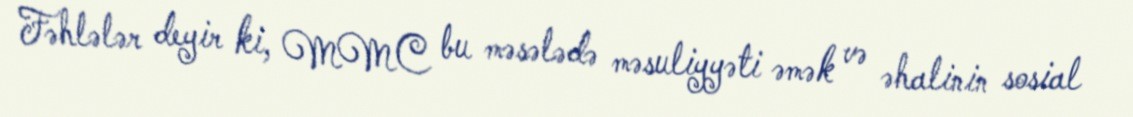
Fəhlələr deyir ki, MMC bu məsələdə məsuliyyəti əmək və əhalinin sosial